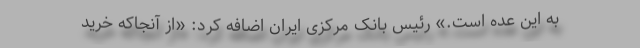
به این عده است.» رئیس بانک مرکزی ایران اضافه کرد: «از آنجاکه خرید